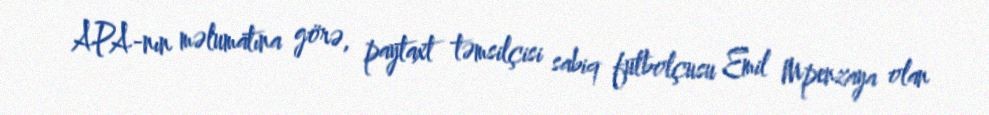
APA-nın məlumatına görə, paytaxt təmsilçisi sabiq futbolçusu Emil Mpenzaya olan